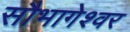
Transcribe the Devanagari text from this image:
सौभागेश्वर